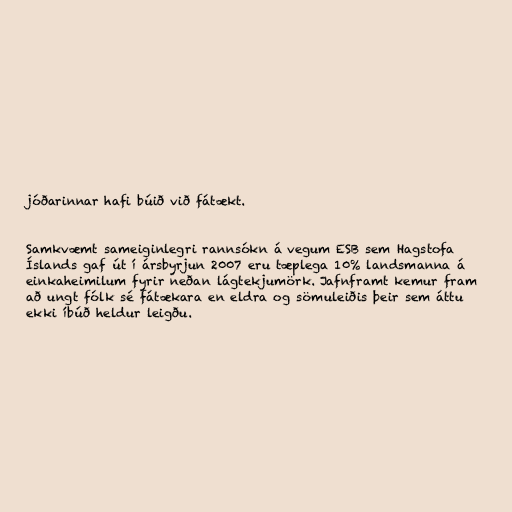
jóðarinnar hafi búið við fátækt.

Samkvæmt sameiginlegri rannsókn á vegum ESB sem Hagstofa
Íslands gaf út í ársbyrjun 2007 eru tæplega 10% landsmanna á
einkaheimilum fyrir neðan lágtekjumörk. Jafnframt kemur fram
að ungt fólk sé fátækara en eldra og sömuleiðis þeir sem áttu
ekki íbúð heldur leigðu.